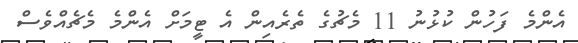
އެންމެ ފަހުން ކުޅުނު 11 މެޗުގެ ތެރެއިން އެ ޓީމަށް އެންމެ މެޗެއްވެސް